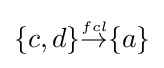
{\textstyle \{c,d\}{\stackrel {\scriptscriptstyle fcl}{\rightarrow }}\{a\}}